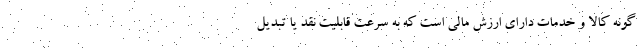
گونه کالا و خدمات دارای ارزش مالی است که به سرعت قابلیت نقد یا تبدیل